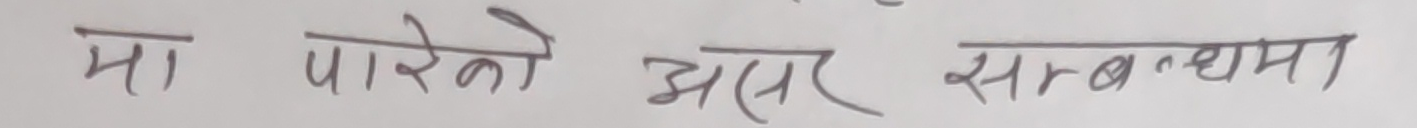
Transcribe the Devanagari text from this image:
मा पारेको असर सम्बन्धमा